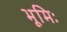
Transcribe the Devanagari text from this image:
भूमिः